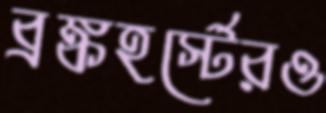
ব্রঙ্কহর্স্টেরও